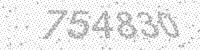
Solution: 754830